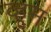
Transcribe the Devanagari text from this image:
व्हूम